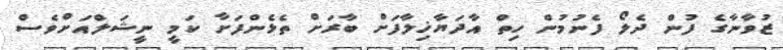
ޒުވާނާގެ ފުން ދެލޯ ފެނުމުން ހިތް އާދަޔާޚިލާފަށް ބާރަށް ތެޅެންފަށާ ކަމީ ނީޝަލްއަށްވެސް